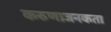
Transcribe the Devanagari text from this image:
करुणाजनकता